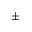
\pm